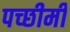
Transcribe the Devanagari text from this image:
पच्छीमी